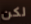
لكن